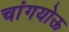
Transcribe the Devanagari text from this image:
चांगयोऊ